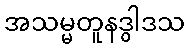
အသမ္မတူနဒွါဒသ